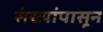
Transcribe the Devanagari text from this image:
संख्यांपासून